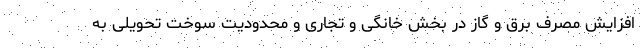
افزایش مصرف برق و گاز در بخش خانگی و تجاری و محدودیت سوخت تحویلی به